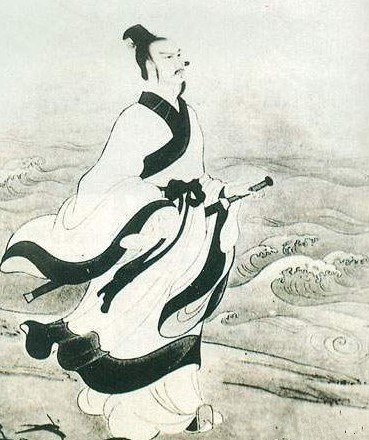
日月忽其不淹兮，春与秋其代序。